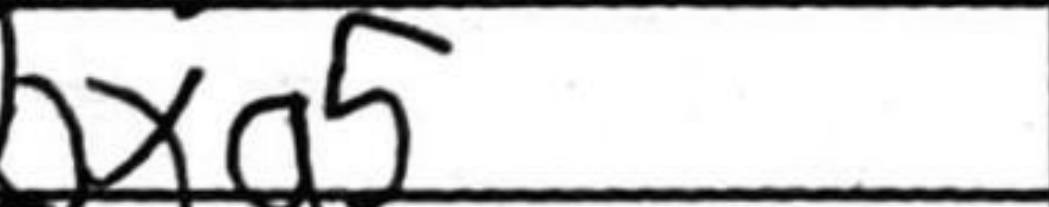
Transcription: bxa5